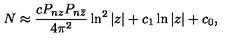
N \approx \frac { c P _ { n z } P _ { n \bar { z } } } { 4 \pi ^ { 2 } } \ln ^ { 2 } | z | + c _ { 1 } \ln | z | + c _ { 0 } ,